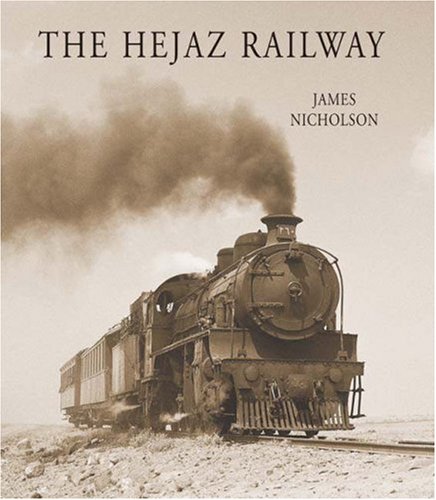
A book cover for The Hejaz Railway; James NICHOLSON; History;